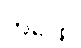
ဘဒြော